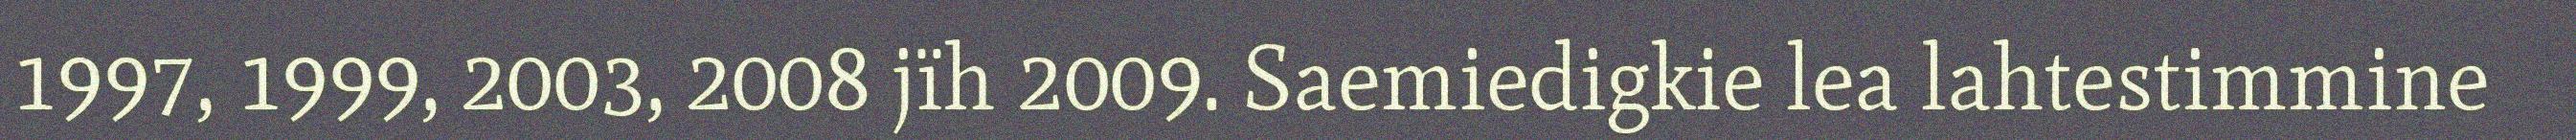
1997, 1999, 2003, 2008 jïh 2009. Saemiedigkie lea lahtestimmine